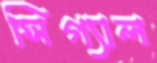
সিগ্যাল